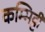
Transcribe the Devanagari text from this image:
कम्मिट्टी